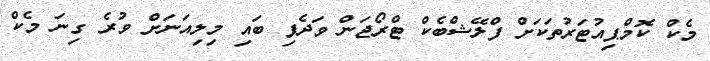
މެކް ކޮމްޕިއުޓަރުތަކަށް ފްލޭޝްބެކް ޓްރޯޖަން ވަދެފި ބައި މިލިއަނަށް ވުރެ ގިނަ މެކް